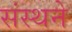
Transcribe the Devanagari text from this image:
संस्थने